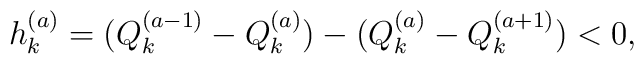
h_k^{(a)}=(Q_k^{(a-1)}-Q_k^{(a)})-(Q_k^{(a)}-Q_k^{(a+1)})<0,